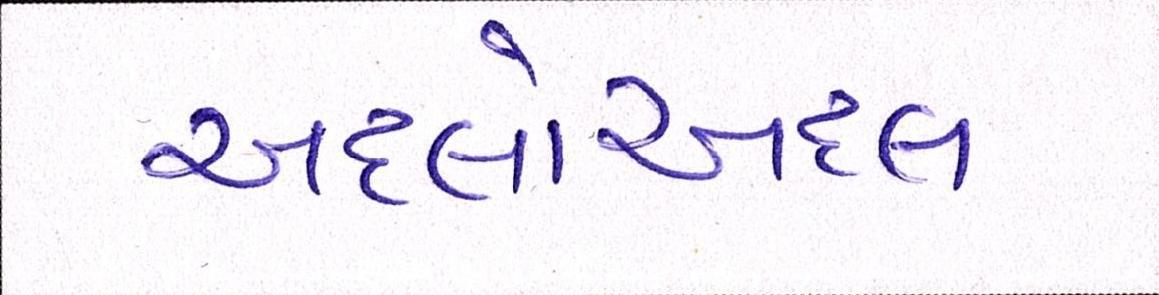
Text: અદલોઅદલ